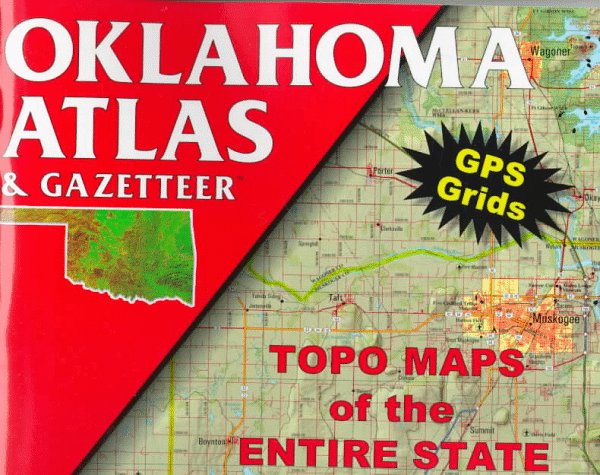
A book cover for Oklahoma Atlas & Gazetteer; Delorme Publishing Company; Travel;